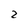
Character: 2